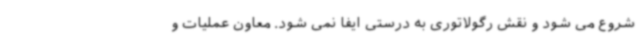
شروع می شود و نقش رگولاتوری به درستی ایفا نمی شود. معاون عملیات و